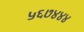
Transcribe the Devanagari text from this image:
५६७४४४